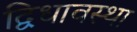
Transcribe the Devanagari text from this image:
द्विधावस्था